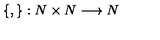
\left\{ , \right\} : N \times N \longrightarrow N